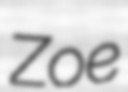
Zoe